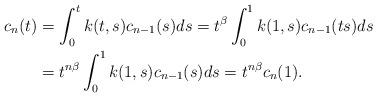
LaTeX: \begin{align*}c_n(t)&=\int_0^t k(t,s)c_{n-1}(s)ds=t^{\beta}\int_0^1k(1,s)c_{n-1}(ts)ds\\&=t^{n\beta}\int_0^1k(1,s)c_{n-1}(s)ds=t^{n\beta}c_n(1).\end{align*}